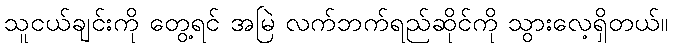
သူငယ်ချင်းကို တွေ့ရင် အမြဲ လက်ဘက်ရည်ဆိုင်ကို သွားလေ့ရှိတယ်။